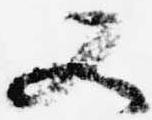
又